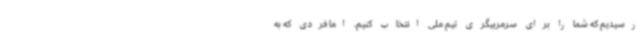
رسیدیم که شما را برای سرمربیگری تیم ملی انتخاب کنیم. اما فردی که به